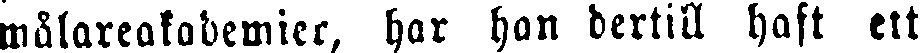
målareakademier, har han dertill haft ett